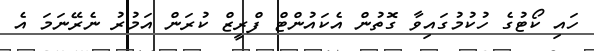
ހައި ކޯޓުގެ ހުކުމުގައިވާ ގޮތުން އެކައުންޓް ފްރީޒް ކުރަން އަމުރު ނެރޭނަމަ އެ